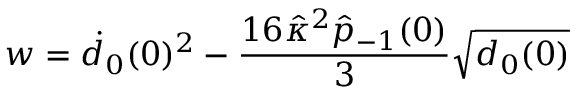
w = \dot { d } _ { 0 } ( 0 ) ^ { 2 } - \frac { 1 6 \hat { \kappa } ^ { 2 } \hat { p } _ { - 1 } ( 0 ) } { 3 } \sqrt { d _ { 0 } ( 0 ) }